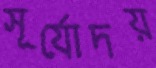
সূর্যোদয়